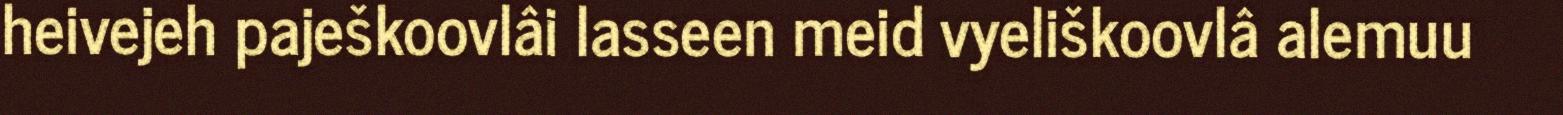
heivejeh paješkoovlâi lasseen meid vyeliškoovlâ alemuu